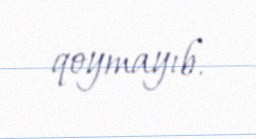
qoymayıb.